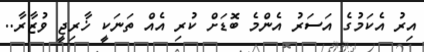
އިރު އެކަމުގެ އަސަރު އެންމެ ބޮޑަށް ކުރި އެއް ތަނަކީ ޚާރިޖީ ވުޒާރާ..